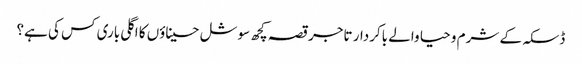
ڈسکہ کے شرم و حیا والے باکردار تاجر	قصہ کچھ سوشل حسیناؤں کا	اگلی باری کس کی ہے؟